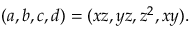
( a , b , c , d ) = ( x z , y z , z ^ { 2 } , x y ) .